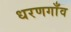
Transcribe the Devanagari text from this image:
धरणगाँव